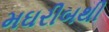
મઘરીબથી